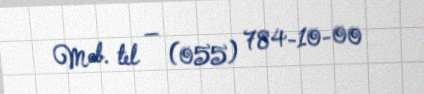
Mob. tel — (055) 784-10-00